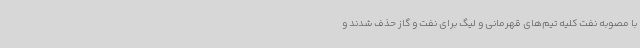
با مصوبه نفت کلیه تیم‌های قهرمانی و لیگ برای نفت‌ و گاز حذف شدند و